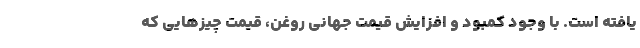
یافته است. با وجود کمبود و افزایش قیمت جهانی روغن، قیمت چیزهایی که